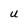
Character: u